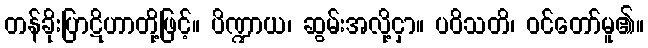
တန်ခိုးပြာဋိဟာတို့ဖြင့်။ ပိဏ္ဍာယ၊ ဆွမ်းအလို့ငှာ။ ပဝိသတိ၊ ဝင်တော်မူ၏။